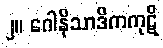
၂။ ဂေါနိသာဒိကကုဋိ